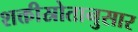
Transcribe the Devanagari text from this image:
शक्तीस्रोतानुसार